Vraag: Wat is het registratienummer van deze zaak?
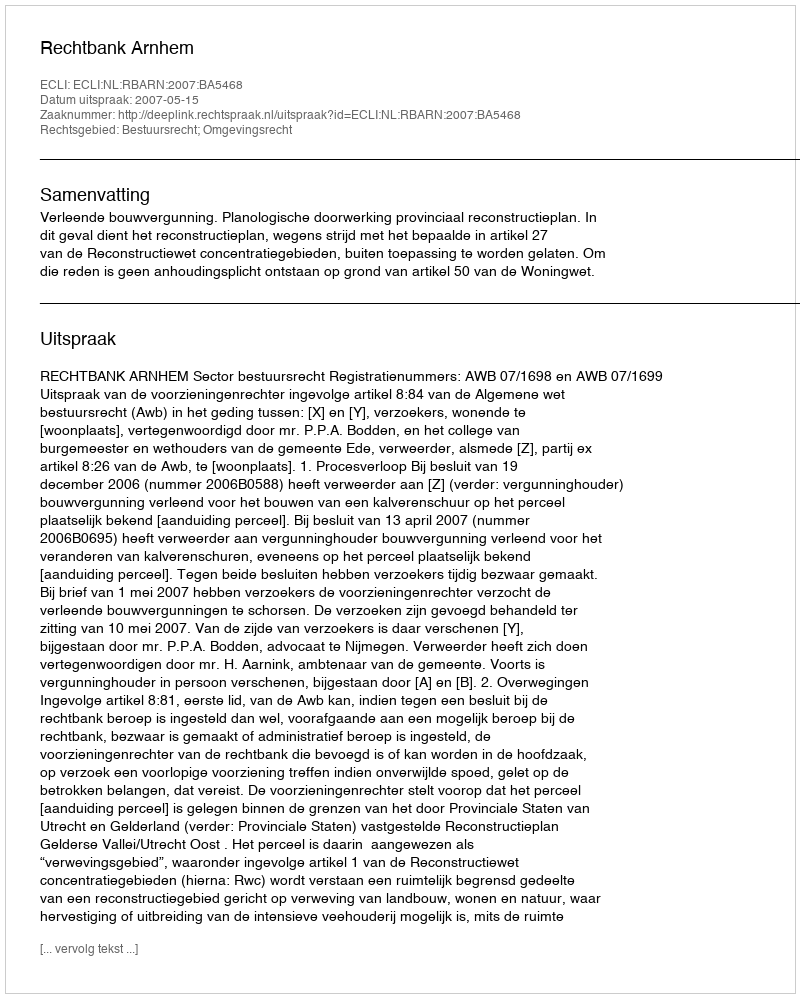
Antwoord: http://deeplink.rechtspraak.nl/uitspraak?id=ECLI:NL:RBARN:2007:BA5468